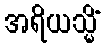
အရိယသ္မိံ